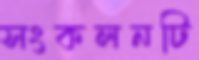
সংকলনটি